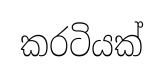
කරටියක්